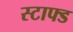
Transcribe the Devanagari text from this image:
स्टाफ्ड